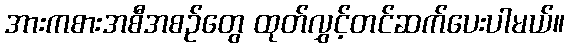
အားကစားအစီအစဉ်တွေ ထုတ်လွှင့်တင်ဆက်ပေးပါမယ်။